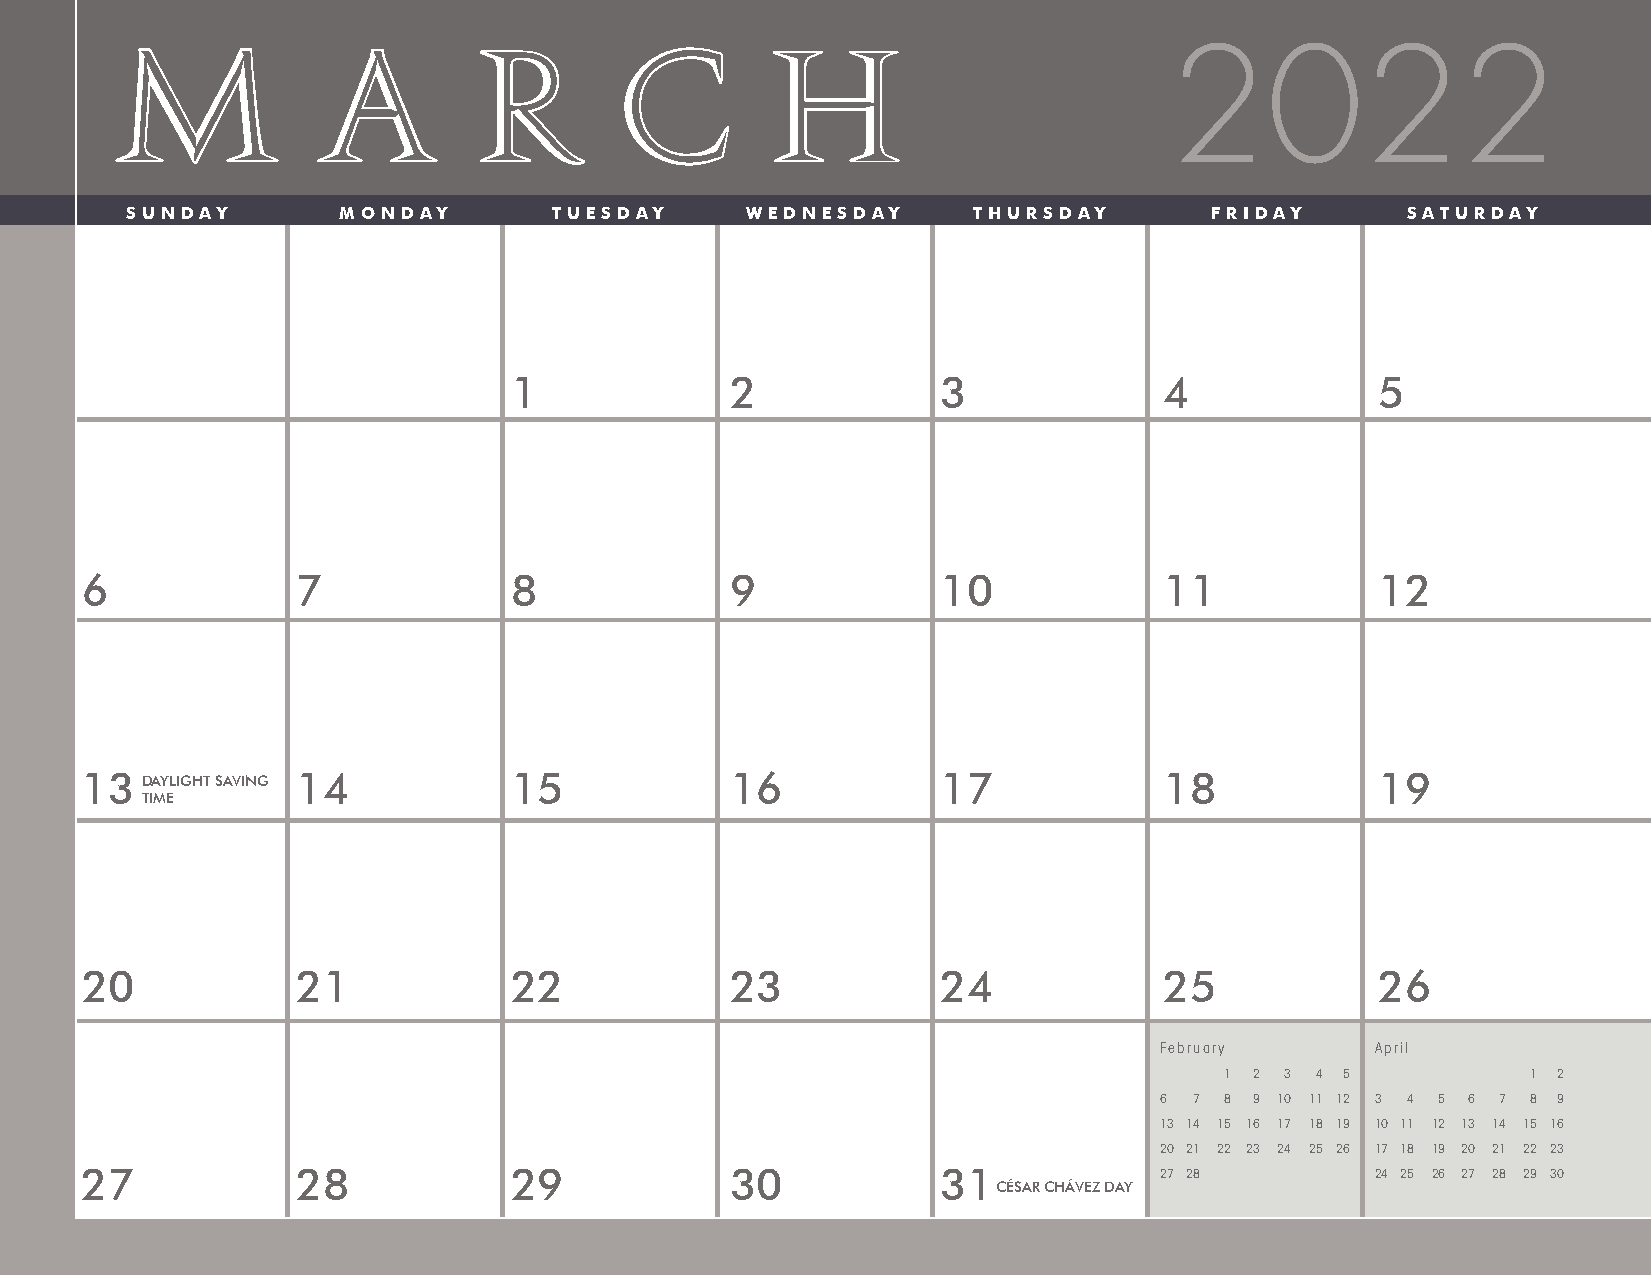
M            A          R        C         H
 2022
 SUNDAY         MONDAY        TUESDAY     WEDNESDAY       THURSDAY       FRIDAY       SATURDAY
 1             2             3              4             5
 6              7             8             9             10             11            12
 13  DAYLIGHT SAVING 14       15            16            17             18            19
 TIME
 20             21            22            23            24             25            26
 February      April
 1 2 3 4 5           1 2
 6 7 8 9 10 11 12 3 4 5 6 7 8 9
 13 14 15 16 17 18 19 10 11 12 13 14 15 16
 20 21 22 23 24 25 26 17 18 19 20 21 22 23
 27             28            29            30            31             27 28         24 25 26 27 28 29 30
 CÉSAR CHÁVEZ DAY